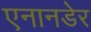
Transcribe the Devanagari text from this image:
एनानडेर